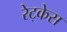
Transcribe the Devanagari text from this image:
रेट्केस